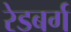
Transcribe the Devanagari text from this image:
रेडबर्ग